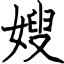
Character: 嫂